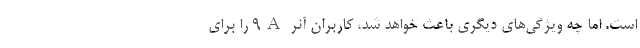
است. اما چه ویژگی‌های دیگری باعث خواهد شد، کاربران آنر 9A را برای